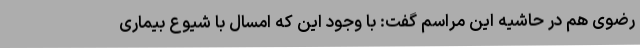
رضوی هم در حاشیه این مراسم گفت: با وجود این که امسال با شیوع بیماری